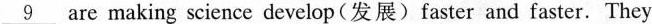
\underline{9} are making science develop(发展)faster and faster.They